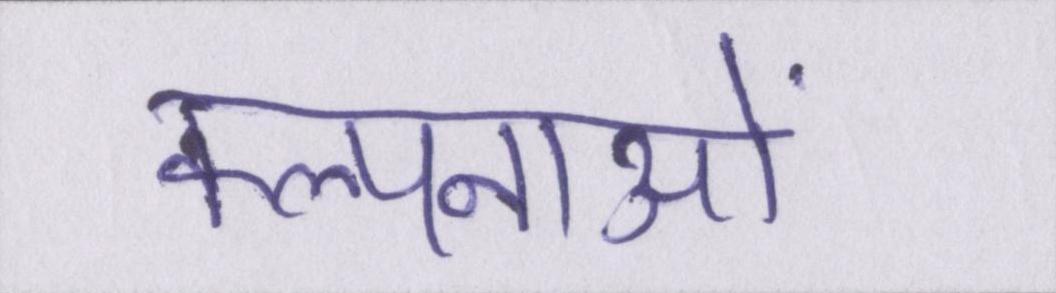
कल्पनाओं